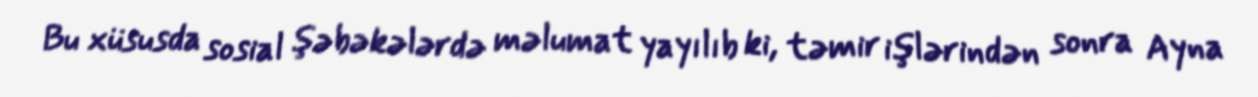
Bu xüsusda sosial şəbəkələrdə məlumat yayılıb ki, təmir işlərindən sonra Ayna